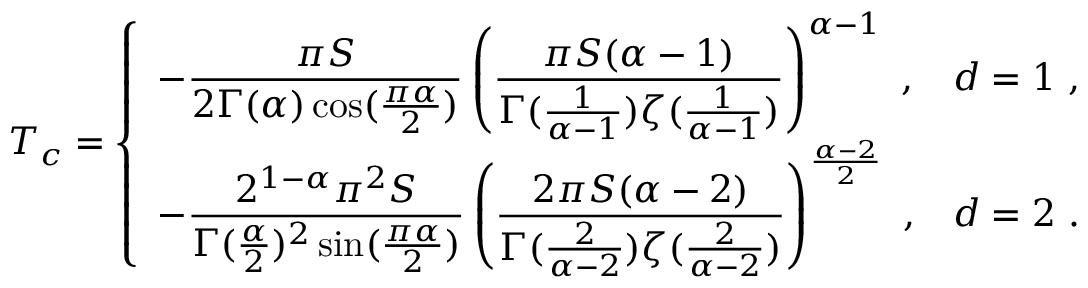
T _ { c } = \left\{ \begin{array} { l l } { - { \displaystyle { \frac { \pi S } { 2 \Gamma ( \alpha ) \cos ( \frac { \pi \alpha } { 2 } ) } } } \left( { \displaystyle { \frac { \pi S ( \alpha - 1 ) } { \Gamma ( \frac { 1 } { \alpha - 1 } ) \zeta ( \frac { 1 } { \alpha - 1 } ) } } } \right) ^ { \alpha - 1 } ~ , } & { d = 1 ~ , } \\ { - { \displaystyle { \frac { 2 ^ { 1 - \alpha } \pi ^ { 2 } S } { \Gamma ( \frac \alpha 2 ) ^ { 2 } \sin ( \frac { \pi \alpha } { 2 } ) } } } \left( { \displaystyle { \frac { 2 \pi S ( \alpha - 2 ) } { \Gamma ( \frac { 2 } { \alpha - 2 } ) \zeta ( \frac { 2 } { \alpha - 2 } ) } } } \right) ^ { \frac { \alpha - 2 } { 2 } } ~ , } & { d = 2 ~ . } \end{array} \right.